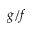
g / f